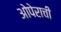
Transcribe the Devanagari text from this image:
ओपेराची